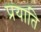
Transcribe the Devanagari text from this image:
प्रयाति